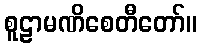
စူဠာမဏိစေတီတော်။